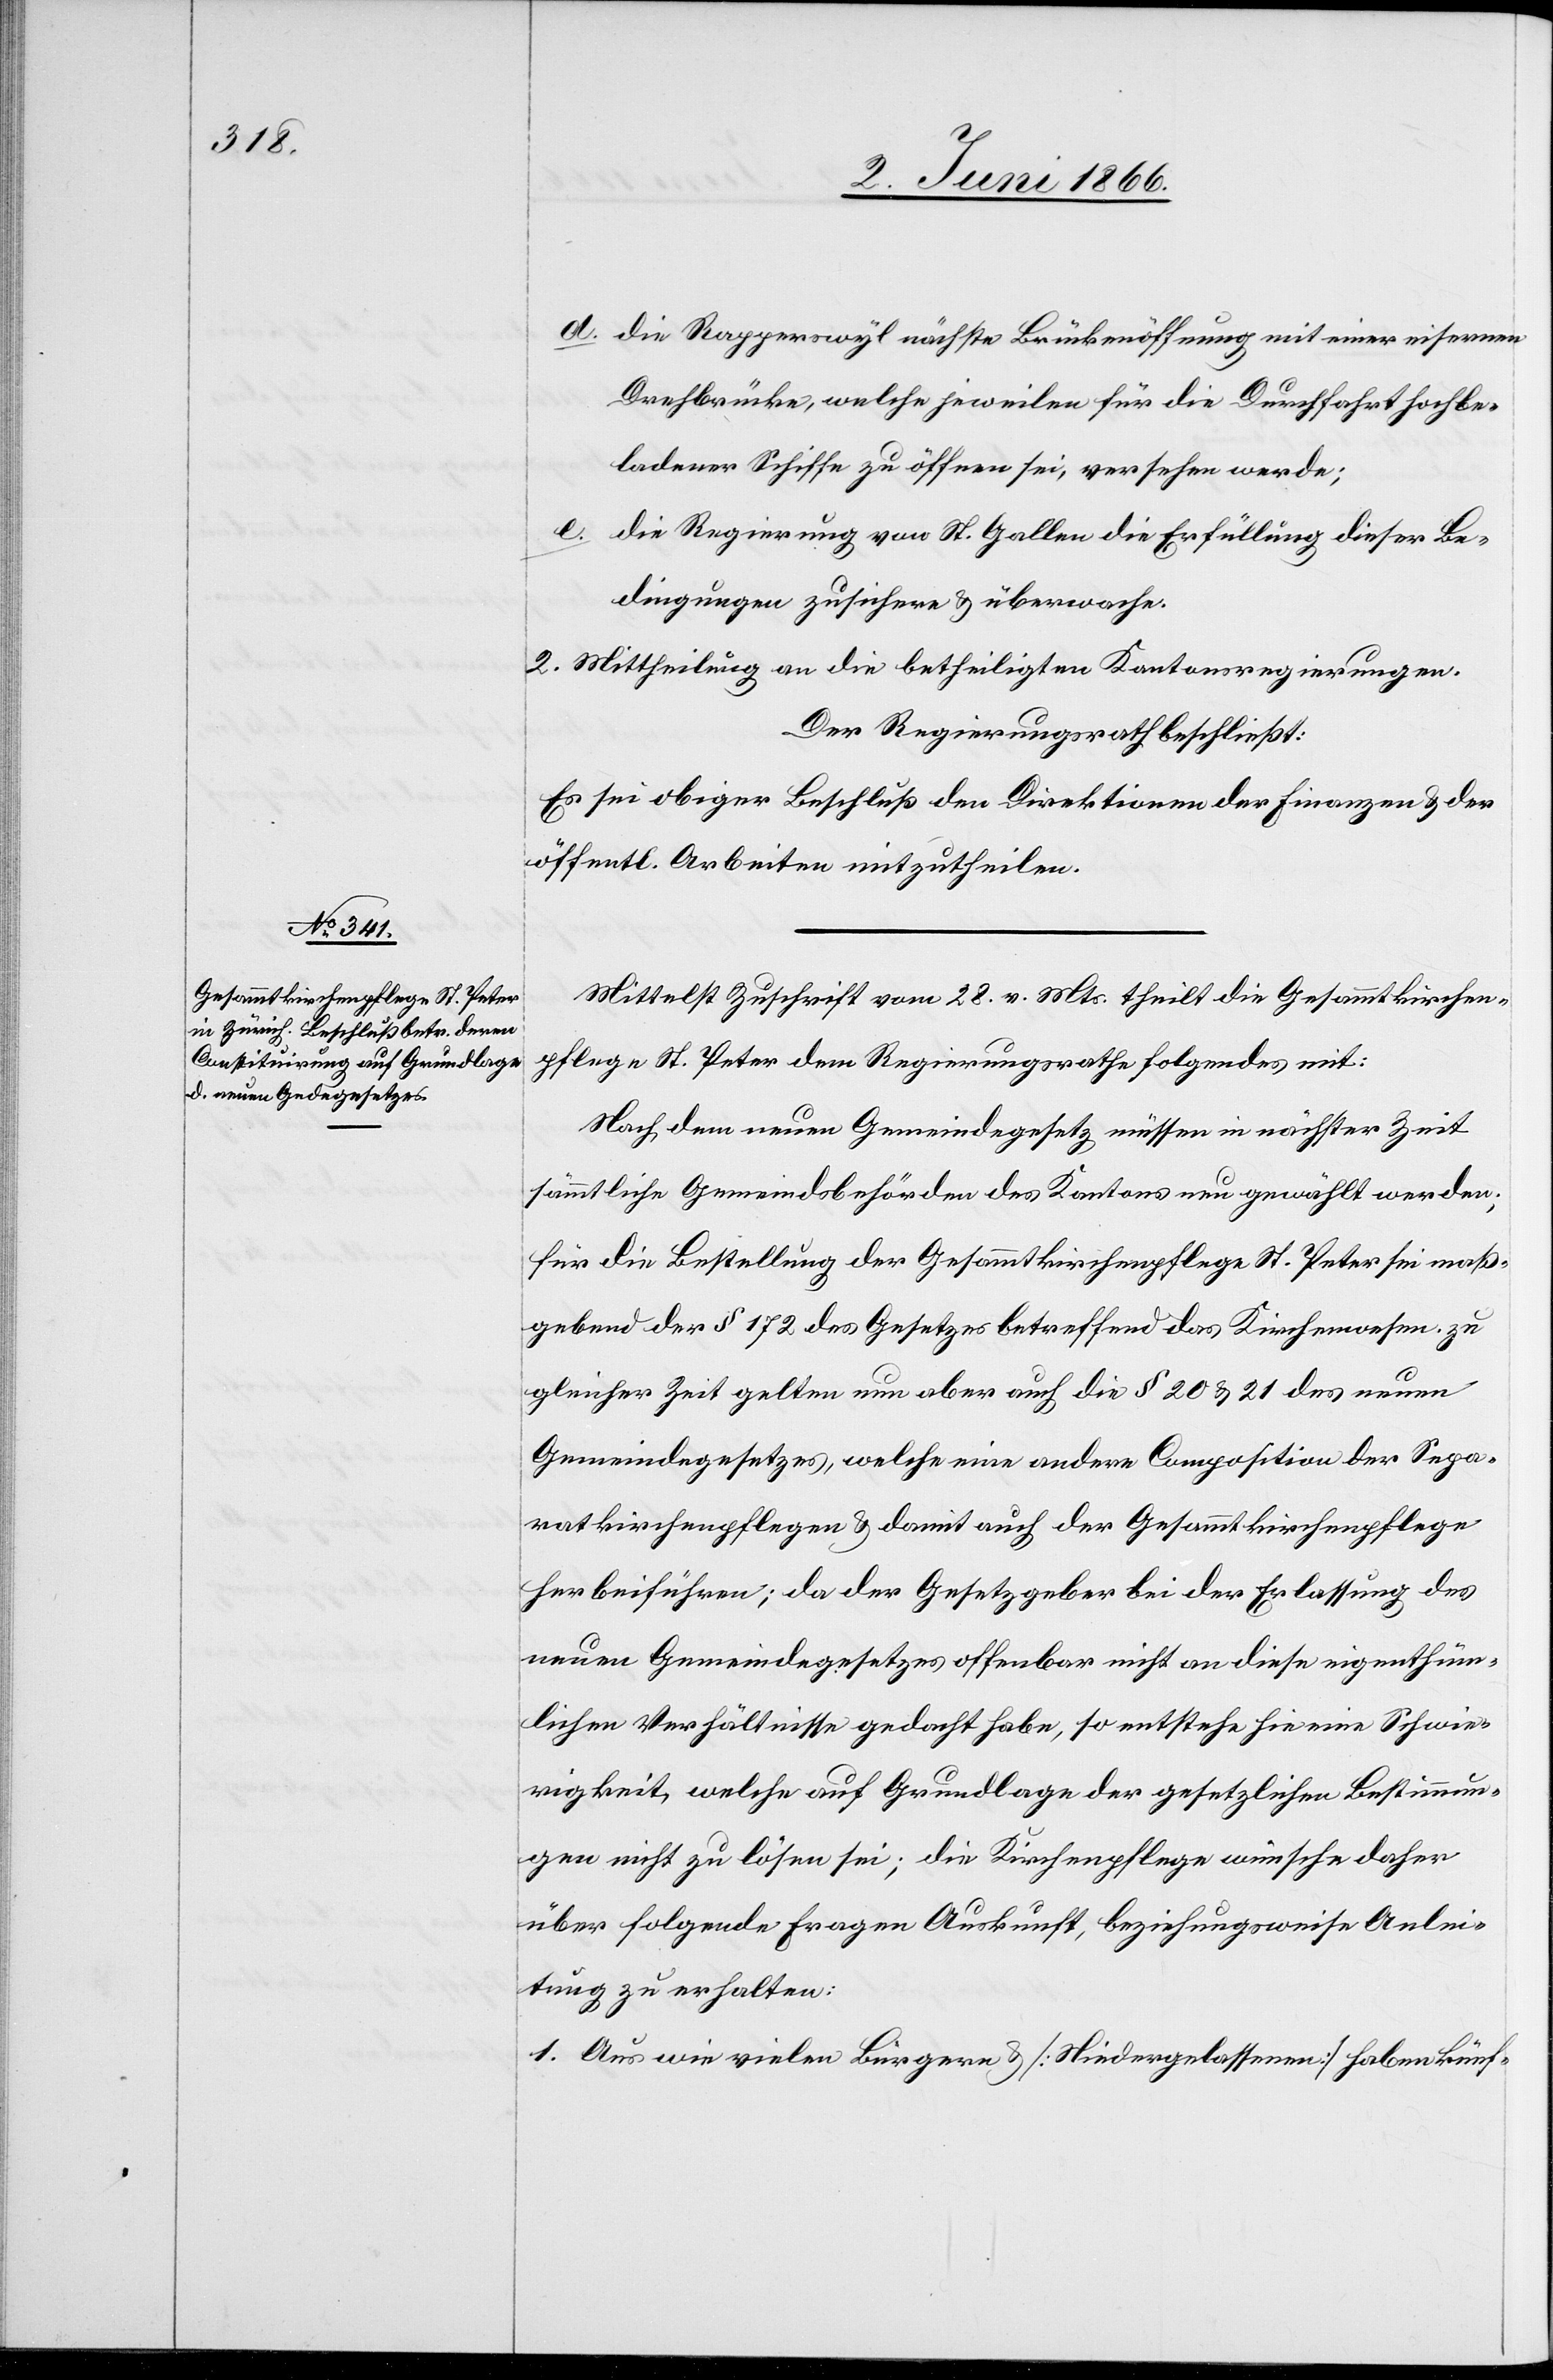
d. die Rapperswyl nächste Brückenöffnung mit einer eisernen
Drehbrücke, welche jeweilen für die Durchfahrt hochbe¬
ladener Schiffe zu öffnen sei, versehen werde;
e. die Regierung von St. Gallen die Erfüllung dieser Be¬
dingungen zusichere u. überwache.
2. Mittheilung an die betheiligten Kantonsregierungen.
Der Regierungsrath beschließt:
Es sei obiger Beschluß den Direktion der Finanzen u. der
öffentl. Arbeiten mitzutheilen.
Mittelst Zuschrift vom 28. v. Mts. theilt die Gesammtkirchen¬
pflege St. Peter dem Regierungsrathe folgendes mit:
Nach dem neuen Gemeindegesetz müssen in nächster Zeit
sämmtliche Gemeindsbehörden des Kantons neu gewählt werden;
für die Bestellung der Gesammtkirchenpflege St. Peter sei maß¬
gebend der § 172 des Gesetzes betreffend das Kirchenwesen. Zu
gleicher Zeit gelten nun aber auch die § 20 u. 21 des neuen
Gemeindegesetzes, welche eine andere Composition der Sepa¬
ratkirchenpflegen u. damit auch der Gesammtkirchenpflege
herbeiführen; da der Gesetzgeber bei der Erlassung des
neuen Gemeindegesetzes offenbar nicht an diese eigenthüm¬
lichen Verhältnisse gedacht habe, so entstehe hie[r] eine Schwie¬
rigkeit, welche auf Grundlage der gesetzlichen Bestimmun¬
gen nicht zu lösen sei; die Kirchenpflege wünsche daher
über folgende Fragen Auskunft, beziehungsweise Anlei¬
tung zu erhalten:
1. Aus wie vielen Bürgern u. [Niedergelassenen] haben künf-